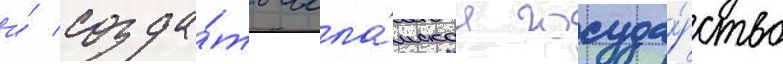
и́ созда́ть исла́мское госуда́рство